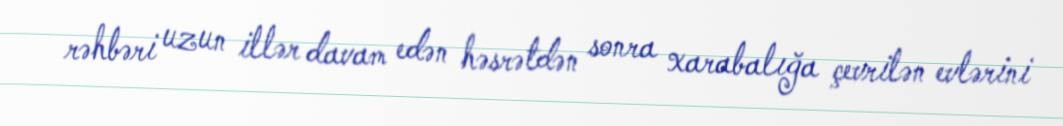
rəhbəri uzun illər davam edən həsrətdən sonra xarabalığa çevrilən evlərini